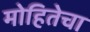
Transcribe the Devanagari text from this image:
मोहितेचा